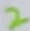
Text: 2